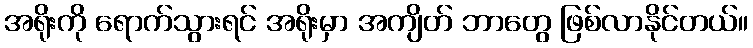
အရိုးကို ရောက်သွားရင် အရိုးမှာ အကျိတ် ဘာတွေ ဖြစ်လာနိုင်တယ်။